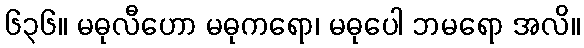
၆၃၆။ မဓုလီဟော မဓုကရော၊ မဓုပေါ ဘမရော အလိ။